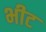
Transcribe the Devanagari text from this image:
भीट